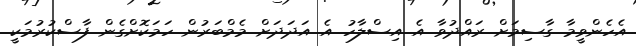
އެހެންވީމާ ގާސިމަށް ރައްދުވާ އެ އިސްލާހު އެ އަދަދަށް މެމްބަރުން ހަމަކޮށްގެން ފާސްކުރުމަކީ